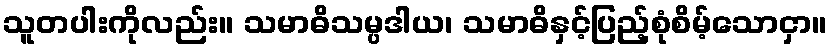
သူတပါးကိုလည်း။ သမာဓိသမ္ပဒါယ၊ သမာဓိနှင့်ပြည့်စုံစိမ့်သောငှာ။